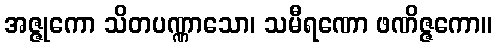
အဇ္ဇုကော သိတပဏ္ဏာသော၊ သမီရဏော ဖဏိဇ္ဇကော။